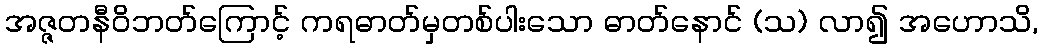
အဇ္ဇတနီဝိဘတ်ကြောင့် ကရဓာတ်မှတစ်ပါးသော ဓာတ်နောင် (သ) လာ၍ အဟောသိ,